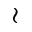
\wr